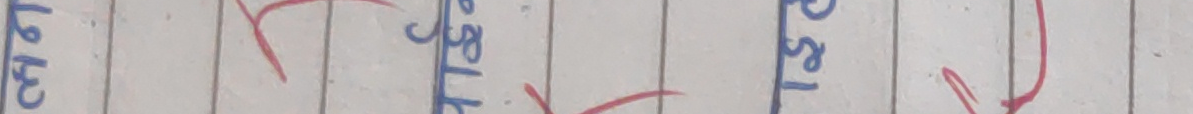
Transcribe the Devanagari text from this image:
चैत्र १६।